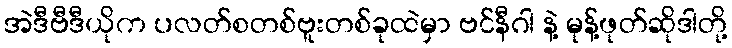
အဲဒီဗီဒီယိုက ပလတ်စတစ်ဗူးတစ်ခုထဲမှာ ဗင်နီဂါ နဲ့ မုန့်ဖုတ်ဆိုဒါတို့